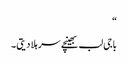
“
باجی لب بھینچے سر ہلا دیتی۔